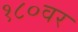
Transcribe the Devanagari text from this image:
१८०वर